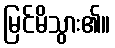
မြင်မိသွား၏။